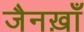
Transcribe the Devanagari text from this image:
जैनख़ाँ